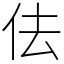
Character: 佉